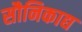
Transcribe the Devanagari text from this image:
सौनिकाद्य